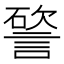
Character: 𥕔